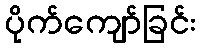
ပိုက်ကျော်ခြင်း